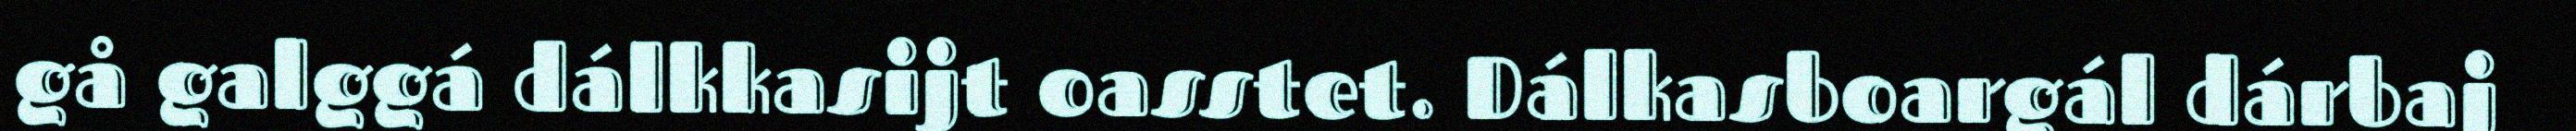
gå galggá dálkkasijt oasstet. Dálkasboargál dárbaj